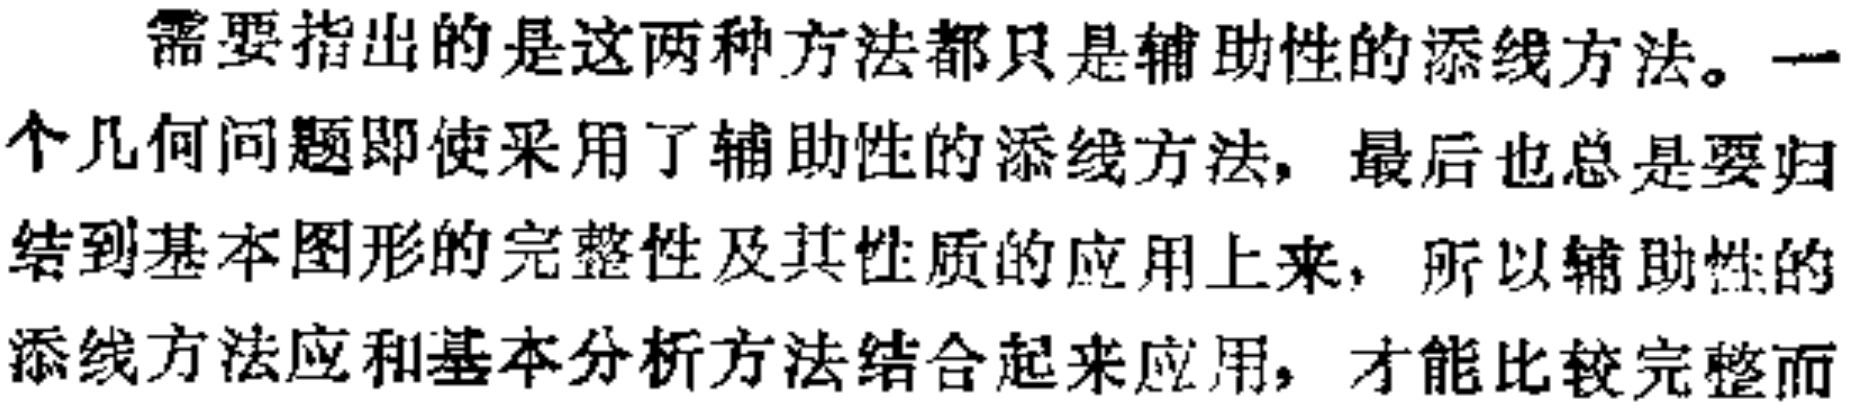
合比定理、分比定理